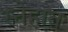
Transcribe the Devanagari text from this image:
स्नेहात